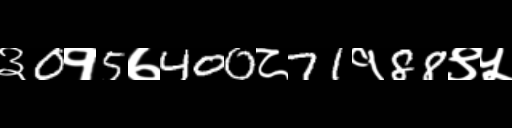
Text: ३0१5७400८71१88९५